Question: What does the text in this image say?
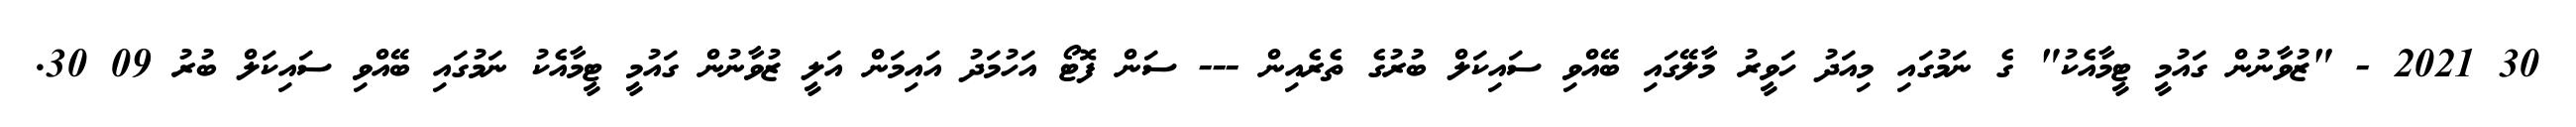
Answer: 30 2021 - "ޒުވާނުން ގައުމީ ޓީމާއެކު" ގެ ނަމުގައި މިއަދު ހަވީރު މާލޭގައި ބޭއްވި ސައިކަލް ބުރުގެ ތެރެއިން --- ސަން ފޮޓޯ އަހުމަދު އައިމަން އަލީ ޒުވާނުން ގައުމީ ޓީމާއެކު ނަމުގައި ބޭއްވި ސައިކަލް ބުރު 09 30.